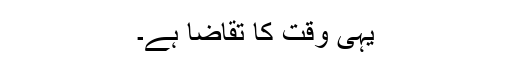
یہی وقت کا تقاضا ہے۔